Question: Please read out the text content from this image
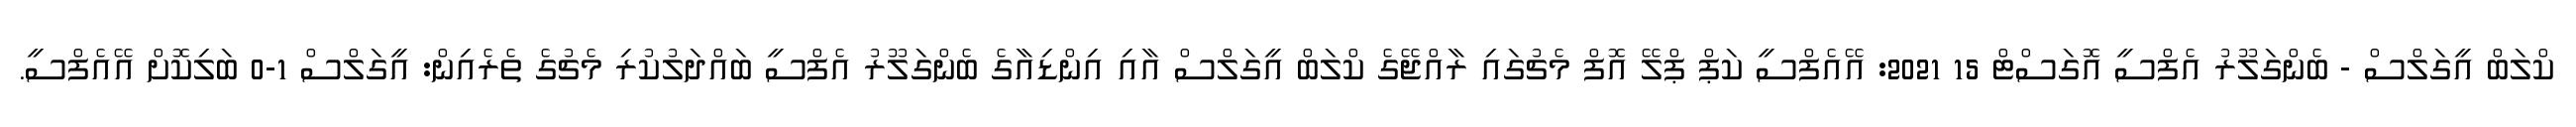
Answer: ކްލަބް އީގަލްސް - ބެންގަލޫރު އެފްސީ އޮގަސްޓް 15 2021: އޭއެފްސީ ކަޕް ޕްލޭ އޮފް މެޗުގައި ރާއްޖޭގެ ކްލަބް އީގަލްސް އާއި އިންޑިއާގެ ބެންގަލޫރު އެފްސީ ބައްދަލުކުރި މެޗުގެ ތެރެއިން: އީގަލްސް 1-0 ބަލިކޮށް އޭއެފްސީ.